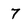
Character: 7